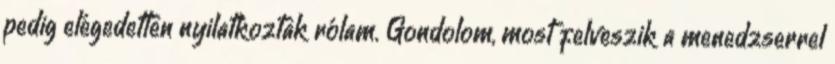
pedig elégedetten nyilatkoztak rólam. Gondolom, most felveszik a menedzserrel